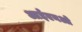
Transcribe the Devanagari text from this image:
आईएनओ